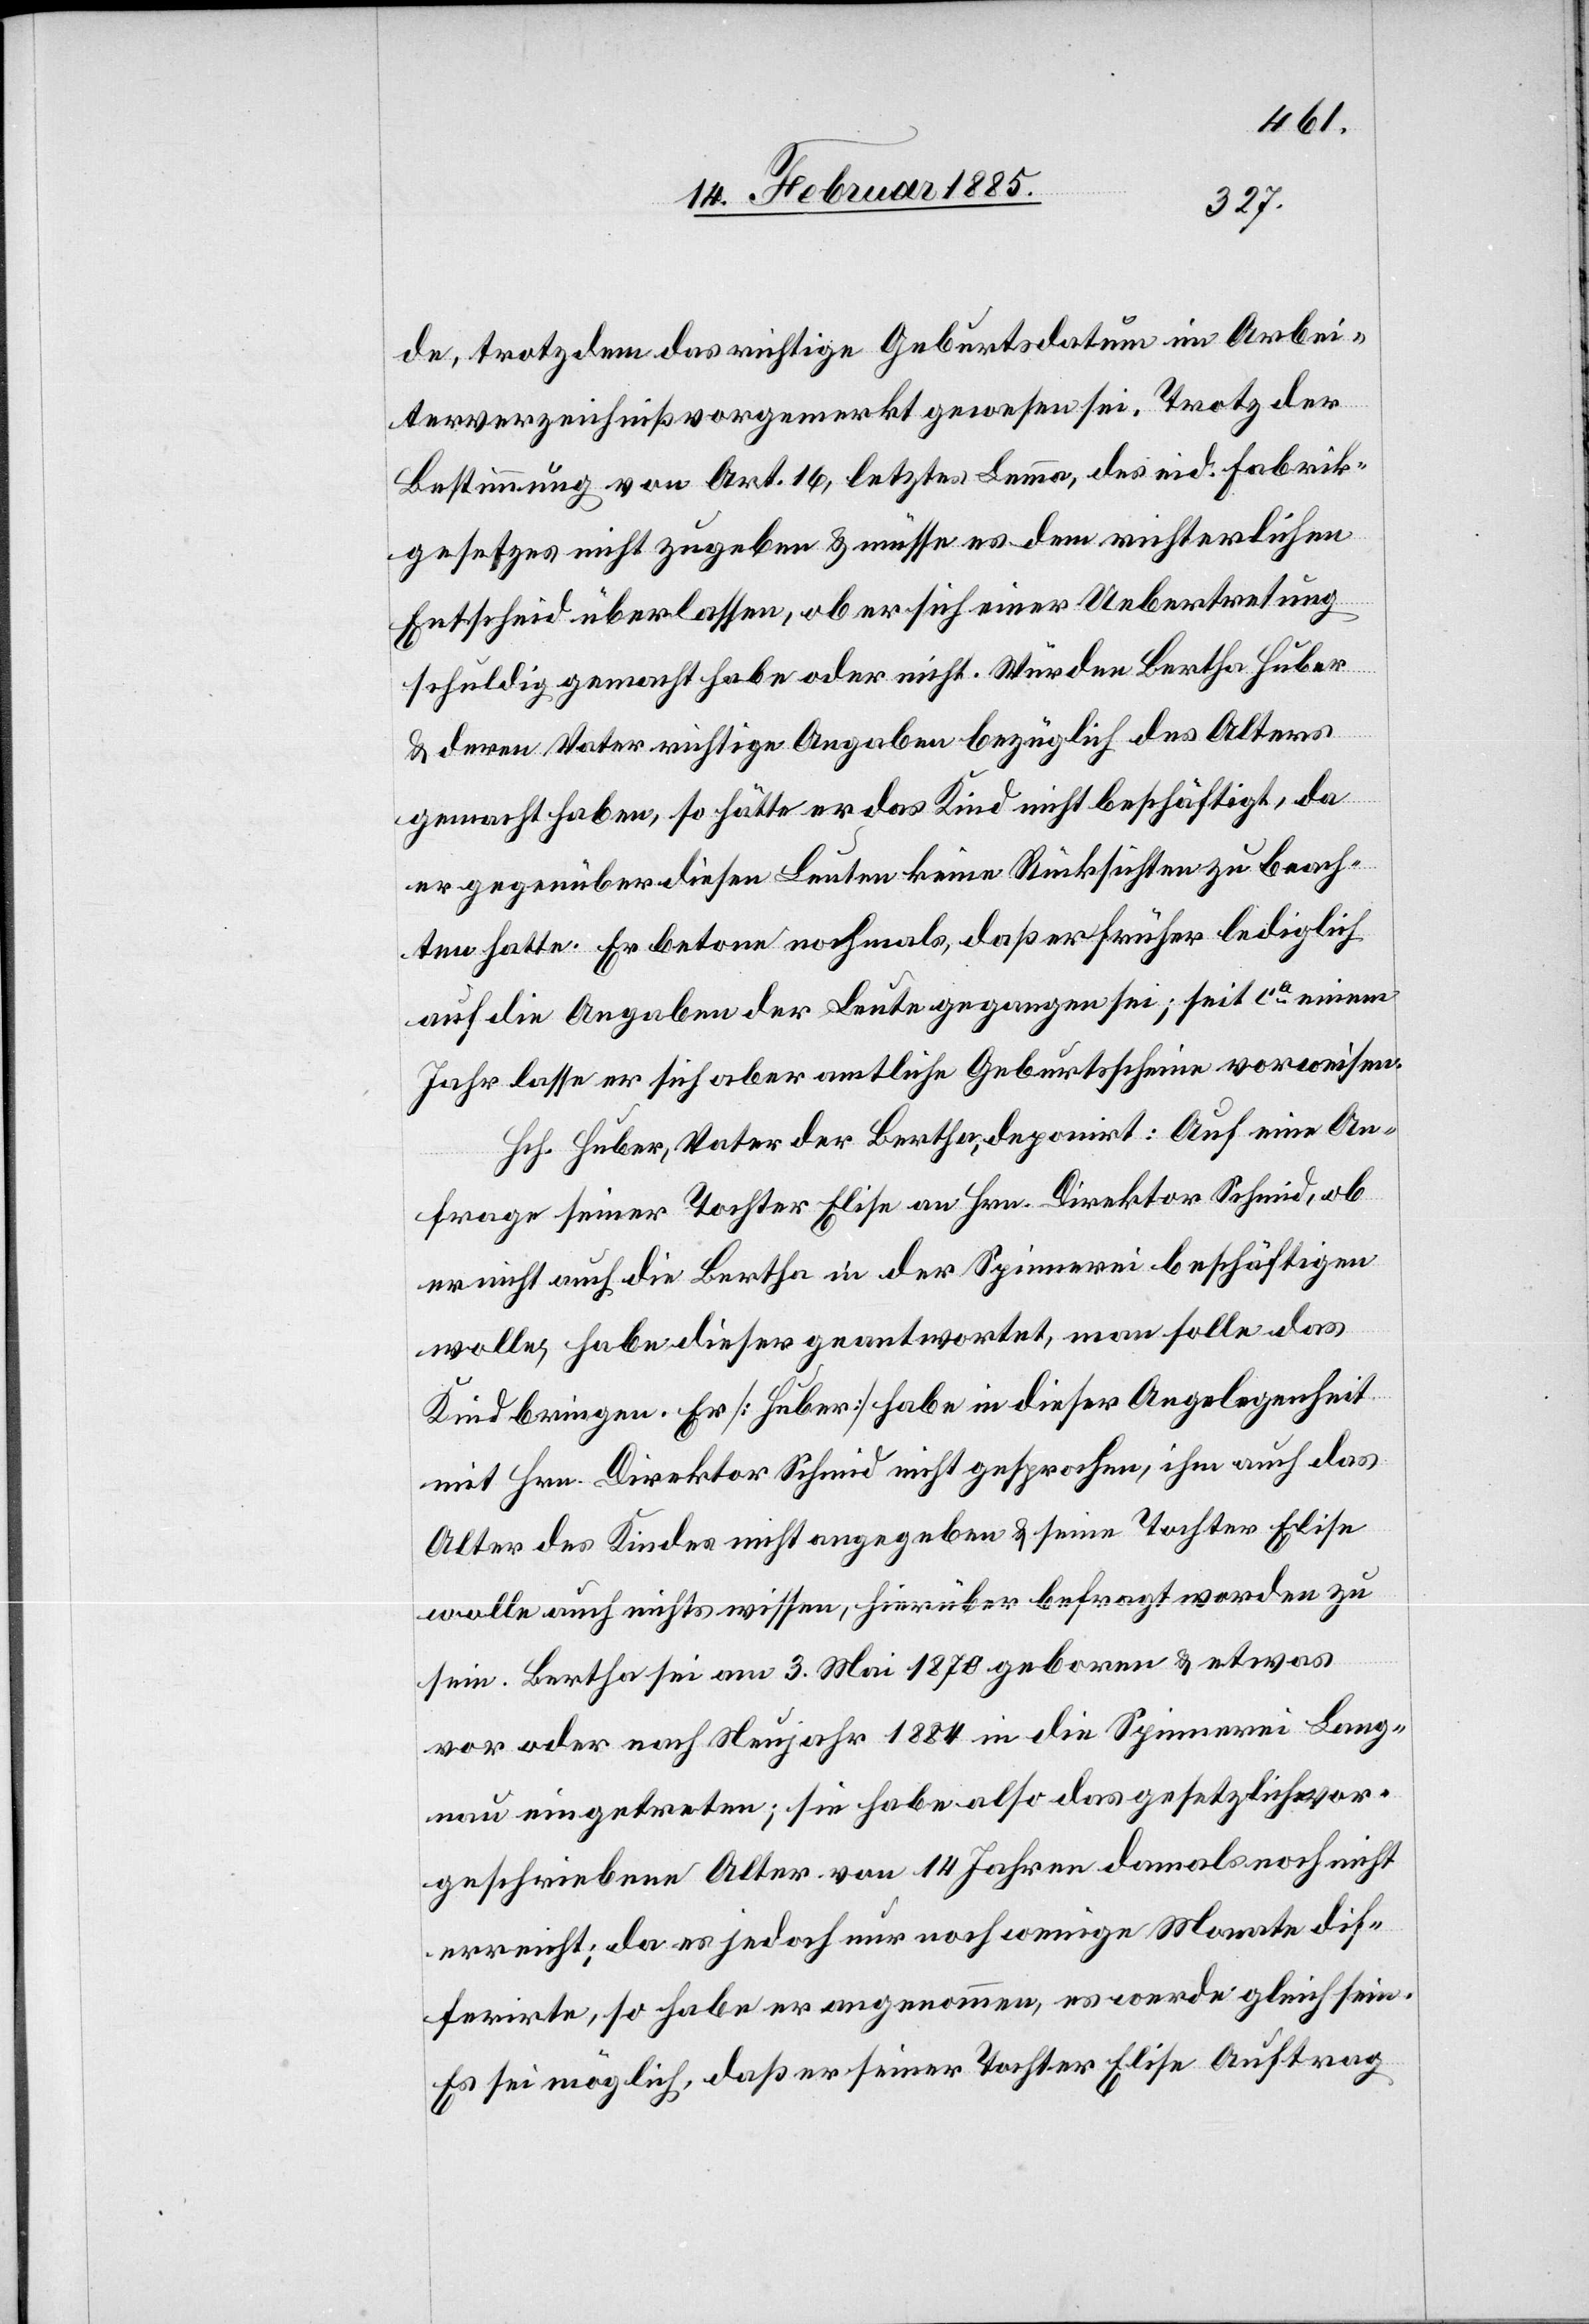
de, trotz dem das richtige Geburtsdatum im Arbei¬
terverzeichniß vorgemerkt gewesen sei. Trotz der
Bestimmung von Art. 16, letztes Lemma, des eid. Fabrik¬
gesetzes nicht zugeben & müsse es dem richterlichen
Entscheid überlassen, ob er sich einer Uebertretung
schuldig gemacht habe oder nicht. [sic!] Würden Bertha Huber
& deren Vater richtige Angaben bezüglich des Alters
gemacht haben, so hätte er das Kind nicht beschäftigt, da
er gegenüber diesen Leuten keine Rücksicht zu beach¬
ten hatte. Er betone nochmals, daß er früher lediglich
auf die Angaben der Leute gegangen sei; seit ca einem
Jahr lasse er sich aber amtliche Geburtsscheine vorweisen.
Hch. Huber, Vater der Bertha, deponirt: Auf eine An¬
frage seiner Tochter Elise an Hrn. Direktor Schmid, ob
er nicht auch die Bertha in der Spinnerei beschäftigen
wolle, habe dieser geantwortet, man solle das
Kind bringen. Er [Huber] habe in dieser Angelegenheit
mit Hrn. Direktor Schmid nicht gesprochen, ihm auch das
Alter des Kindes nicht angegeben & seine Tochter Elise
wolle auch nichts wissen, hierüber befragt worden zu
sein. Bertha sei am 3. Mai 1870 geboren & etwas
vor oder nach Neujahr 1884 in die Spinnerei Lang¬
nau eingetreten; sie habe also das gesetzlich vor¬
geschriebene Alter von 14. Jahren damals noch nicht
erreicht; da es jedoch nur noch wenige Monate dif¬
ferirte, so habe er angenommen, es werde gleich sein.
Es sei möglich, daß er seiner Tochter Elise Auftrag